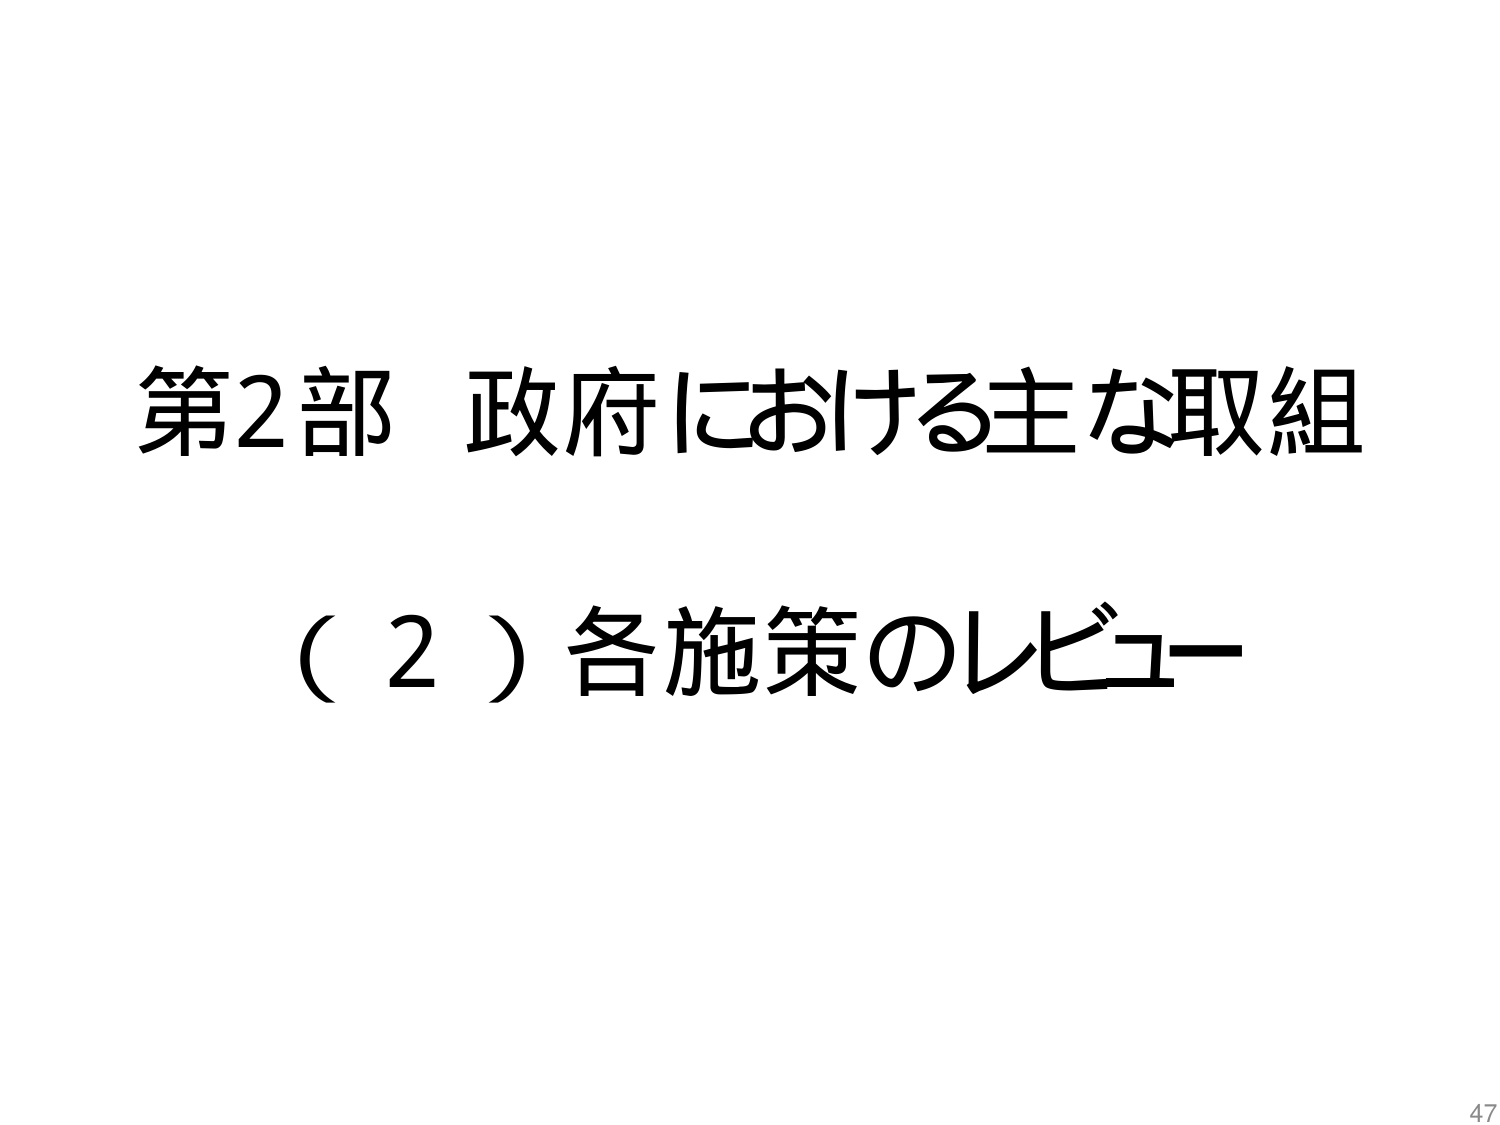
第2部 政府における主な取組
（2）各施策のレビュー
47